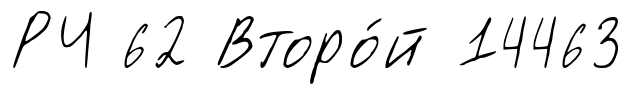
РЧ 62 Второ́й 14463